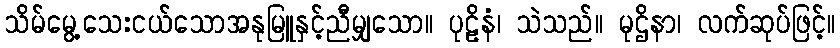
သိမ်မွေ့သေးငယ်သောအနုမြူနှင့်ညီမျှသော။ ပုဠိနံ၊ သဲသည်။ မုဌိနာ၊ လက်ဆုပ်ဖြင့်။